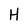
Character: H